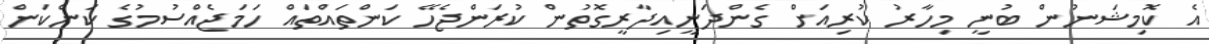
އެ ކޮމިޝަނުން ބުނީ މިހާރު ކުރިއަށް ގެންދަނީއިދާރީގޮތުން ކުރަންޖެހޭ ކަންތައްތައް ހަމަޖެއްސުމުގެ ކަންކަން